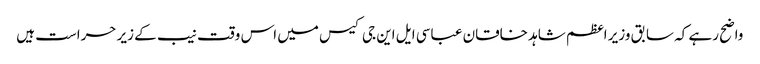
واضح رہے کہ سابق وزیر اعظم شاہد خاقان عباسی ایل این جی کیس میں اس وقت نیب کے زیر حراست ہیں